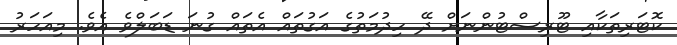
ކޮޓަރިތަކާއި ޓޫރިސްޓުންނަށް ދޭ ހިދުމަތުގެ އަގުތައް އެތައް ގުނަ ޑަބަލްވެ އެވެ. މިއަހަރު